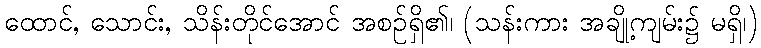
ထောင်, သောင်း, သိန်းတိုင်အောင် အစဉ်ရှိ၏၊ (သန်းကား အချို့ကျမ်း၌ မရှိ၊)